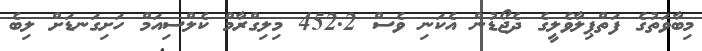
މިބާވަތުގެ ފަތްޕިލާވެލީގެ ދެޖޯޑުން އެކަނި ވެސް 452.2 މިލިގްރާމް ކެލްސިއަމް ހަށިގަނޑަށް ލިބެ